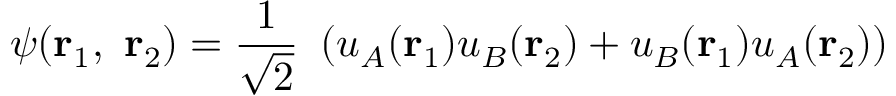
\psi ( \mathbf { r } _ { 1 } , \, \, \mathbf { r } _ { 2 } ) = { \frac { 1 } { \sqrt { 2 } } } \, \, \left( u _ { A } ( \mathbf { r } _ { 1 } ) u _ { B } ( \mathbf { r } _ { 2 } ) + u _ { B } ( \mathbf { r } _ { 1 } ) u _ { A } ( \mathbf { r } _ { 2 } ) \right)